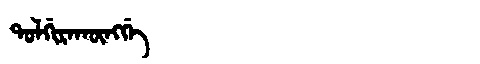
Manchu: ᡨᠣᠯᡤᡳᡵᠠᡴᡡᠩᡤᡝ
Romanization: TOLGIRAKŪNGGE